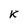
Character: K